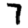
Digit: 7